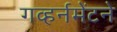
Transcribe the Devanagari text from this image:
गव्हर्नमेंटने